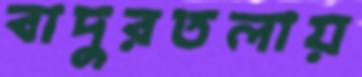
বাদুরতলায়